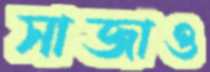
সাজাও